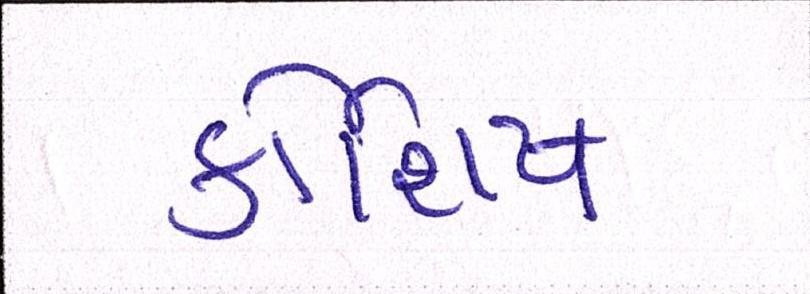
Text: કોશિષ